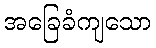
အခြေခံကျသော